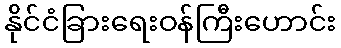
နိုင်ငံခြားရေးဝန်ကြီးဟောင်း